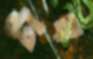
টাব